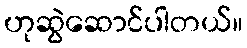
ဟုဆွဲဆောင်ပါတယ်။